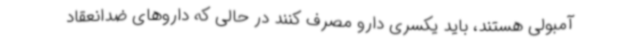
آمبولی هستند، باید یکسری دارو مصرف کنند در حالی که داروهای ضدانعقاد